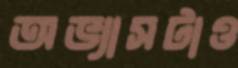
অভ্যাসটাও